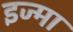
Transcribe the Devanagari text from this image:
इज्मा